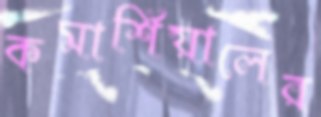
কমার্শিয়ালের